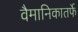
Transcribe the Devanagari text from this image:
वैमानिकातर्फे